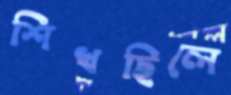
শিখছিলে